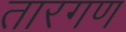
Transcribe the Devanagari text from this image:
तारगण